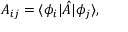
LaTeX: A _ { i j } = \langle \phi _ { i } | { \hat { A } } | \phi _ { j } \rangle ,